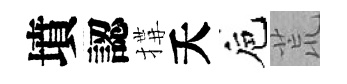
墳認搆夭巵荒